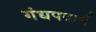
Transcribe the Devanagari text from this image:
गंधपदार्थ